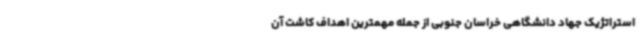
استراتژیک جهاد دانشگاهی خراسان جنوبی از جمله مهمترین اهداف کاشت آن